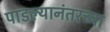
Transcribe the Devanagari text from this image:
पाडल्यानंतरच्या